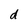
Character: d